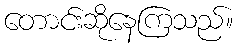
တောင်းဆိုနေကြသည်။